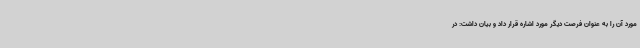
مورد آن را به عنوان فرصت دیگر مورد اشاره قرار داد و بیان داشت: در